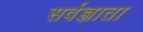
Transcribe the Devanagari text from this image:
सर्वज्ञाता